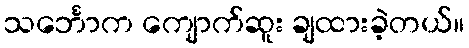
သင်္ဘောက ကျောက်ဆူး ချထားခဲ့တယ်။